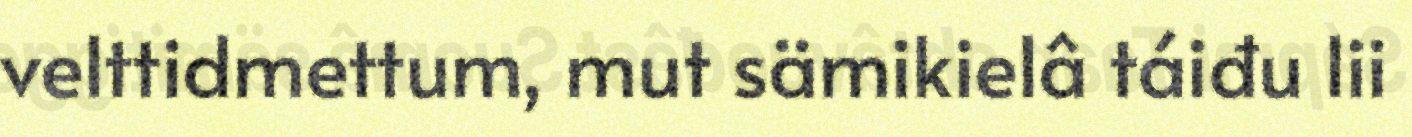
velttidmettum, mut sämikielâ táiđu lii